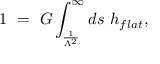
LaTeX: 1 \, \, = \, \, G \int _ { \frac { 1 } { \Lambda ^ { 2 } } } ^ { \infty } d s \, \, h _ { f l a t } ,